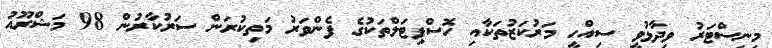
މިނިސްޓަރު ވިދާޅުވީ ސިއްހީ މަރުކަޒުތަކާއި ހޮސްޕިޓަލްތަކުގެ ފެންވަރު މަތިކުރަން ސަރުކާރުން 98 މަޝްރޫއު